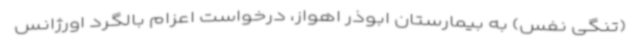
(تنگی نفس) به بیمارستان ابوذر اهواز، درخواست اعزام بالگرد اورژانس